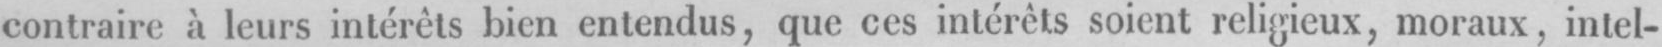
contraire, à leurs intérêts bien entendus, que ces intérêts soient religieux, moraux, intel-